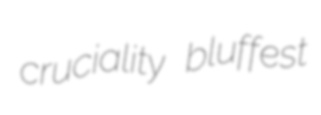
cruciality bluffest